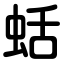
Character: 蛞